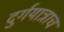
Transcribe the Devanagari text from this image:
दुर्गयात्राच